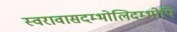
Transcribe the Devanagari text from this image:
स्वरावासदम्भोलिदम्भोपि